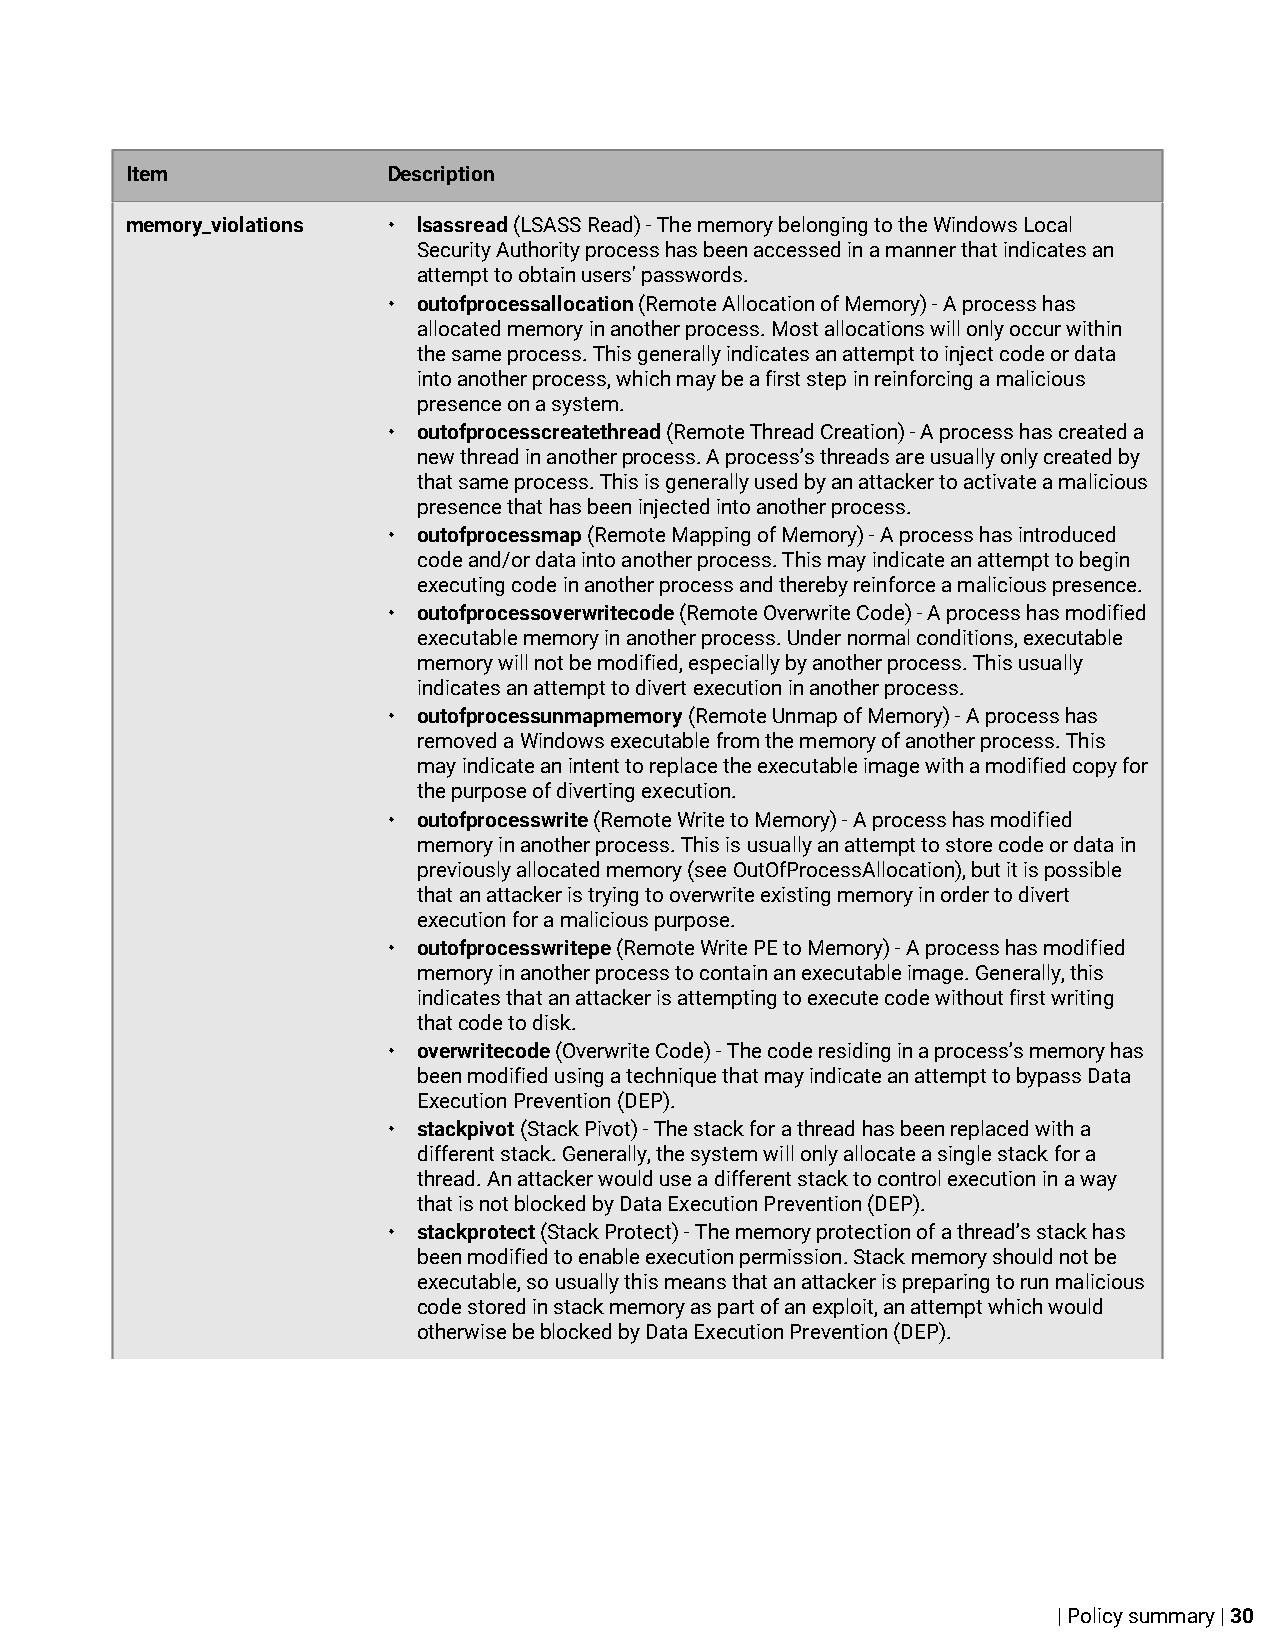
Item              Description
 memory_violations • lsassread (LSASS Read) - The memory belonging to the Windows Local
 Security Authority process has been accessed in a manner that indicates an
 attempt to obtain users' passwords.
 • outofprocessallocation (Remote Allocation of Memory) - A process has
 allocated memory in another process. Most allocations will only occur within
 the same process. This generally indicates an attempt to inject code or data
 into another process, which may be a first step in reinforcing a malicious
 presence on a system.
 • outofprocesscreatethread (Remote Thread Creation) - A process has created a
 new thread in another process. A process’s threads are usually only created by
 that same process. This is generally used by an attacker to activate a malicious
 presence that has been injected into another process.
 • outofprocessmap (Remote Mapping of Memory) - A process has introduced
 code and/or data into another process. This may indicate an attempt to begin
 executing code in another process and thereby reinforce a malicious presence.
 • outofprocessoverwritecode (Remote Overwrite Code) - A process has modified
 executable memory in another process. Under normal conditions, executable
 memory will not be modified, especially by another process. This usually
 indicates an attempt to divert execution in another process.
 • outofprocessunmapmemory (Remote Unmap of Memory) - A process has
 removed a Windows executable from the memory of another process. This
 may indicate an intent to replace the executable image with a modified copy for
 the purpose of diverting execution.
 • outofprocesswrite (Remote Write to Memory) - A process has modified
 memory in another process. This is usually an attempt to store code or data in
 previously allocated memory (see OutOfProcessAllocation), but it is possible
 that an attacker is trying to overwrite existing memory in order to divert
 execution for a malicious purpose.
 • outofprocesswritepe (Remote Write PE to Memory) - A process has modified
 memory in another process to contain an executable image. Generally, this
 indicates that an attacker is attempting to execute code without first writing
 that code to disk.
 • overwritecode (Overwrite Code) - The code residing in a process’s memory has
 been modified using a technique that may indicate an attempt to bypass Data
 Execution Prevention (DEP).
 • stackpivot (Stack Pivot) - The stack for a thread has been replaced with a
 different stack. Generally, the system will only allocate a single stack for a
 thread. An attacker would use a different stack to control execution in a way
 that is not blocked by Data Execution Prevention (DEP).
 • stackprotect (Stack Protect) - The memory protection of a thread’s stack has
 been modified to enable execution permission. Stack memory should not be
 executable, so usually this means that an attacker is preparing to run malicious
 code stored in stack memory as part of an exploit, an attempt which would
 otherwise be blocked by Data Execution Prevention (DEP).
 | Policy summary | 30